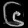
Digit: ၆